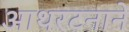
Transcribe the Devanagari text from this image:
आथरटनाने